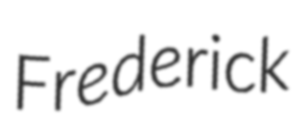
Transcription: Frederick